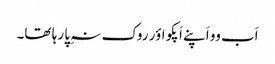
اَب وو اَپنے اَپکو اؤر روک نہِ پا رہا تھا۔